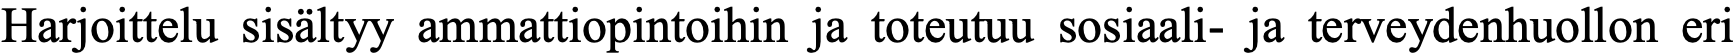
Harjoittelu sisältyy ammattiopintoihin ja toteutuu sosiaali- ja terveydenhuollon eri